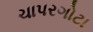
ચાપરગોટા